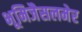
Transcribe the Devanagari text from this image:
भूमिजैसलमेर